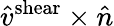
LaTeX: \hat{v}^{\mathrm{shear}}\times\hat{n}